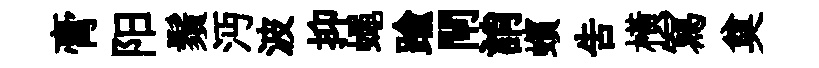
膏阳鬚沔波抑蠅踰閘誚蠙告横冩奠